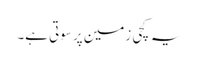
یہ کچی زمین پر سوتی ہے۔